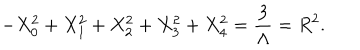
LaTeX: - X _ { 0 } ^ { 2 } + X _ { 1 } ^ { 2 } + X _ { 2 } ^ { 2 } + X _ { 3 } ^ { 2 } + X _ { 4 } ^ { 2 } = \frac { 3 } { \Lambda } = R ^ { 2 } .